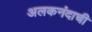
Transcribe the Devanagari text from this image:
अलकनंदाची